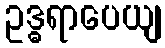
ဥဒ္ဓရာပေယျ